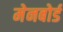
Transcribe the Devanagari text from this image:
मेनबोर्ड